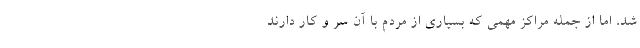
شد، اما از جمله مراکز مهمی که بسیاری از مردم با آن‌ سر و کار دارند